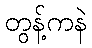
တွန့်ကနဲ